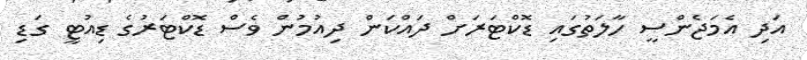
އަދި އެމަޖެންސީ ހާލަތުގައި ޑޮކްޓަރަށް ދައްކަން ދިއުމުން ވެސް ޑޮކްޓަރުގެ ޑިއުޓީ ގަޑި